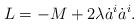
LaTeX: \begin{align*}L = -M + 2\lambda \dot{a}^i\dot{a}^i.\end{align*}